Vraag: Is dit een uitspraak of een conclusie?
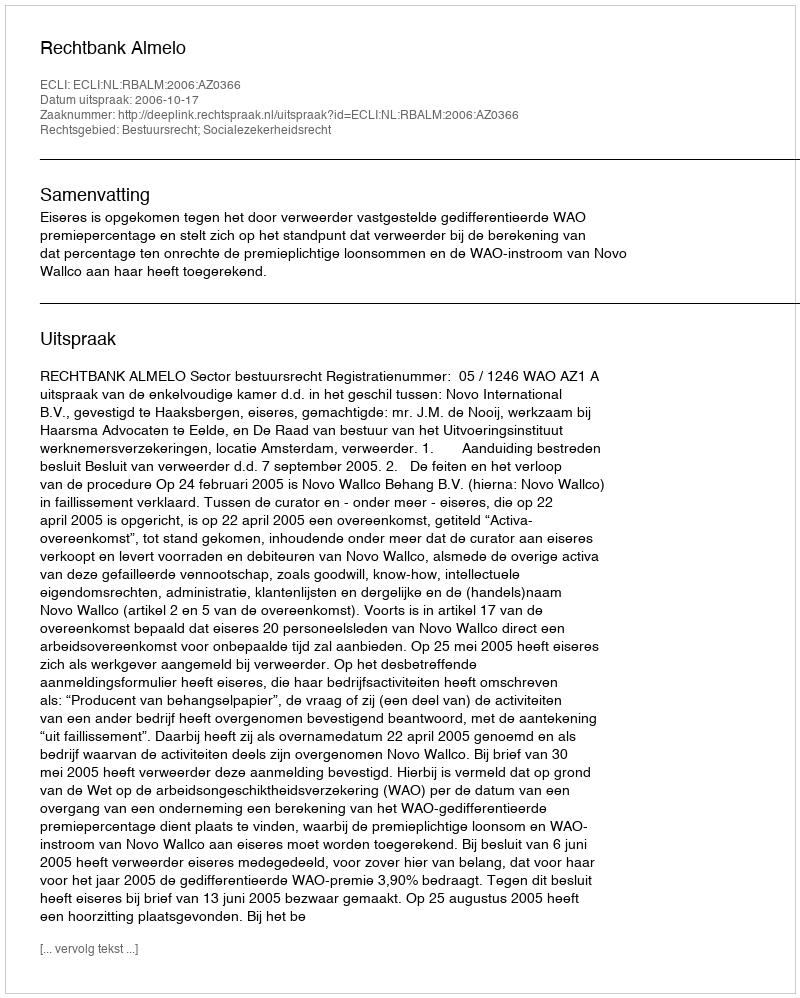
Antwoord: Uitspraak